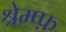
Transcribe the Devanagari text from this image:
श्रेम्प्फ़